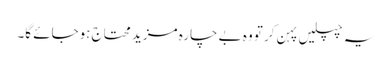
یہ چپلیں پہن کر تو وہ بے چارہ مزید محتاج ہوجائے گا۔